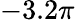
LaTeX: -3.2\pi